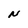
Character: N